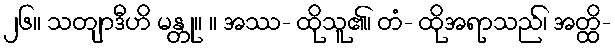
၂၆။ သတျာဒီဟိ မန္တု။ ။ အဿ- ထိုသူ၏၊ တံ- ထိုအရာသည်၊ အတ္ထိ-